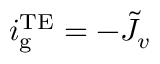
i _ { \mathrm { g } } ^ { \mathrm { T E } } = - \tilde { J } _ { v }